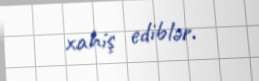
xahiş ediblər.